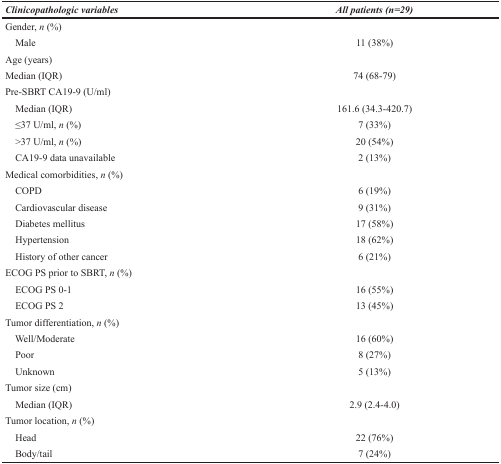
<table><thead><tr><td><b><i>Clinicopathologic variables</i></b></td><td><b><i>All patients (n=29)</i></b></td></tr></thead><tbody><tr><td>Gender, <i>n</i> (%)</td><td></td></tr><tr><td> Male</td><td>11 (38%)</td></tr><tr><td>Age (years)</td><td></td></tr><tr><td>Median (IQR)</td><td>74 (68-79)</td></tr><tr><td>Pre-SBRT CA19-9 (U/ml)</td><td></td></tr><tr><td> Median (IQR)</td><td>161.6 (34.3-420.7)</td></tr><tr><td> ≤37 U/ml, <i>n</i> (%)</td><td>7 (33%)</td></tr><tr><td> &gt;37 U/ml, <i>n</i> (%)</td><td>20 (54%)</td></tr><tr><td> CA19-9 data unavailable</td><td>2 (13%)</td></tr><tr><td>Medical comorbidities, <i>n</i> (%)</td><td></td></tr><tr><td> COPD</td><td>6 (19%)</td></tr><tr><td> Cardiovascular disease</td><td>9 (31%)</td></tr><tr><td> Diabetes mellitus</td><td>17 (58%)</td></tr><tr><td> Hypertension</td><td>18 (62%)</td></tr><tr><td> History of other cancer</td><td>6 (21%)</td></tr><tr><td>ECOG PS prior to SBRT, <i>n</i> (%)</td><td></td></tr><tr><td> ECOG PS 0-1</td><td>16 (55%)</td></tr><tr><td> ECOG PS 2</td><td>13 (45%)</td></tr><tr><td>Tumor differentiation, <i>n</i> (%)</td><td></td></tr><tr><td> Well/Moderate</td><td>16 (60%)</td></tr><tr><td> Poor</td><td>8 (27%)</td></tr><tr><td> Unknown</td><td>5 (13%)</td></tr><tr><td>Tumor size (cm)</td><td></td></tr><tr><td> Median (IQR)</td><td>2.9 (2.4-4.0)</td></tr><tr><td>Tumor location, <i>n</i> (%)</td><td></td></tr><tr><td> Head</td><td>22 (76%)</td></tr><tr><td> Body/tail</td><td>7 (24%)</td></tr></tbody></table>